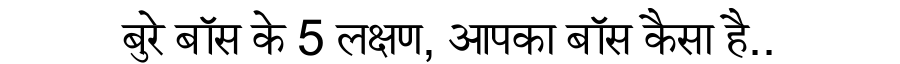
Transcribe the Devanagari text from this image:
बुरे बॉस के 5 लक्षण, आपका बॉस कैसा है..